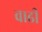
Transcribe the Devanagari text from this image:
वाढी